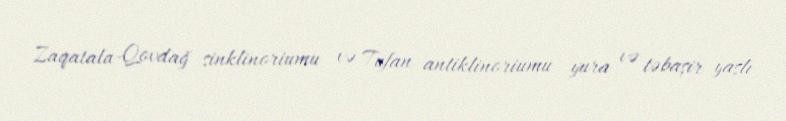
Zaqatala-Qovdağ sinklinoriumu və Tufan antiklinoriumu yura və təbaşir yaşlı